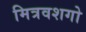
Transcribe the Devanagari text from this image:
मित्रवशगो